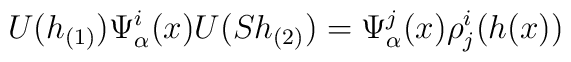
U(h_{(1)})\Psi_\alpha ^i(x) U(Sh_{(2)}) = \Psi_\alpha ^j (x)\rho _j^i(h(x))